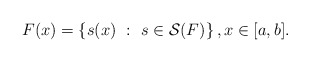
\begin{align*} F (x) = \left \{ s(x) \ : \ s \in\mathcal{S}(F) \right \}, x \in [a,b].\end{align*}